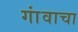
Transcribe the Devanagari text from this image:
गांवाचा